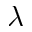
\lambda